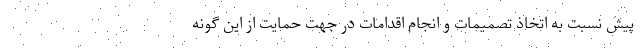
پیش نسبت به اتخاذ تصمیمات و انجام اقدامات در جهت حمایت از این گونه